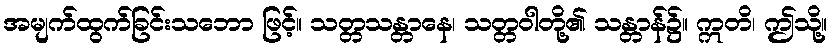
အမျက်ထွက်ခြင်းသဘော ဖြင့်။ သတ္တသန္တာနေ၊ သတ္တဝါတို့၏ သန္တာန်၌။ ဣတိ၊ ဤသို့။